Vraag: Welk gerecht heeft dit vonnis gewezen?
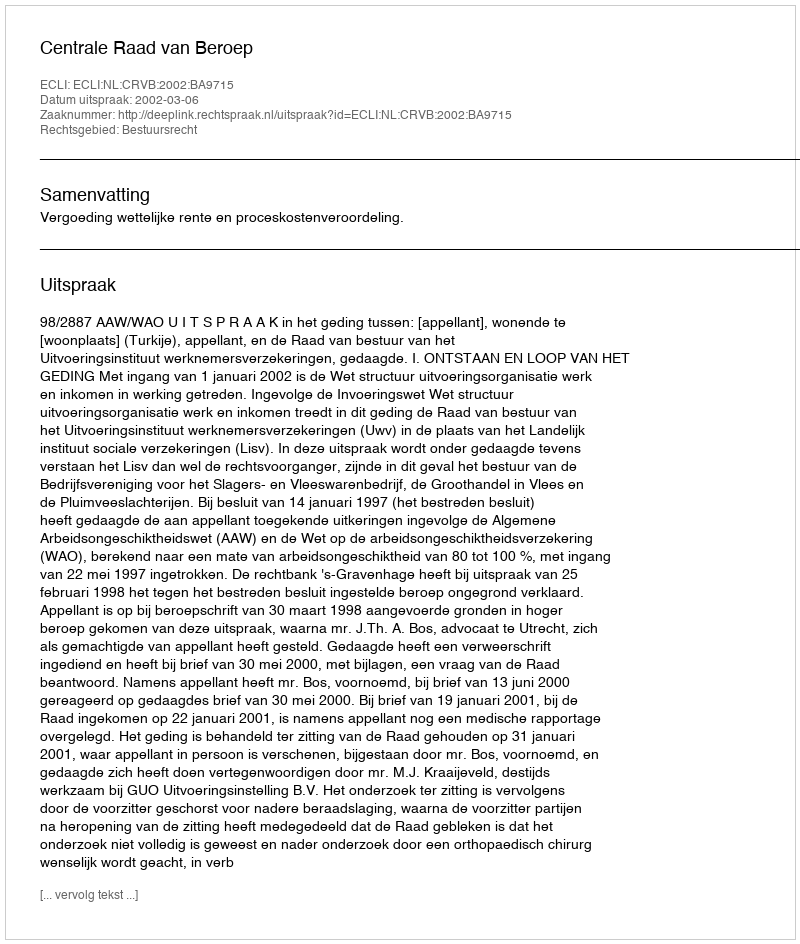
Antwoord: Centrale Raad van Beroep